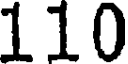
110